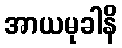
အာယမုခါနိ